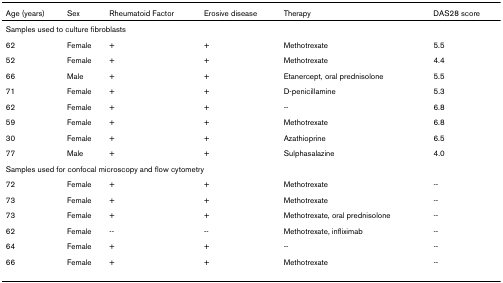
<table><thead><tr><td><b>Age (years)</b></td><td><b>Sex</b></td><td><b>Rheumatoid Factor</b></td><td><b>Erosive disease</b></td><td><b>Therapy</b></td><td><b>DAS28 score</b></td></tr></thead><tbody><tr><td colspan="6">Samples used to culture fibroblasts</td></tr><tr><td>62</td><td>Female</td><td>+</td><td>+</td><td>Methotrexate</td><td>5.5</td></tr><tr><td>52</td><td>Female</td><td>+</td><td>+</td><td>Methotrexate</td><td>4.4</td></tr><tr><td>66</td><td>Male</td><td>+</td><td>+</td><td>Etanercept, oral prednisolone</td><td>5.5</td></tr><tr><td>71</td><td>Female</td><td>+</td><td>+</td><td>D-penicillamine</td><td>5.3</td></tr><tr><td>62</td><td>Female</td><td>+</td><td>+</td><td>--</td><td>6.8</td></tr><tr><td>59</td><td>Female</td><td>+</td><td>+</td><td>Methotrexate</td><td>6.8</td></tr><tr><td>30</td><td>Female</td><td>+</td><td>+</td><td>Azathioprine</td><td>6.5</td></tr><tr><td>77</td><td>Male</td><td>+</td><td>+</td><td>Sulphasalazine</td><td>4.0</td></tr><tr><td colspan="6">Samples used for confocal microscopy and flow cytometry</td></tr><tr><td>72</td><td>Female</td><td>+</td><td>+</td><td>Methotrexate</td><td>--</td></tr><tr><td>73</td><td>Female</td><td>+</td><td>+</td><td>Methotrexate</td><td>--</td></tr><tr><td>73</td><td>Female</td><td>+</td><td>+</td><td>Methotrexate, oral prednisolone</td><td>--</td></tr><tr><td>62</td><td>Female</td><td>--</td><td>--</td><td>Methotrexate, infliximab</td><td>--</td></tr><tr><td>64</td><td>Female</td><td>+</td><td>+</td><td>--</td><td>--</td></tr><tr><td>66</td><td>Female</td><td>+</td><td>+</td><td>Methotrexate</td><td>--</td></tr></tbody></table>